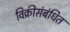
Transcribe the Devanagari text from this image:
विक्रीसंबंधित